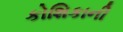
કોશિકાની